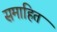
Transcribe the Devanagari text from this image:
समाहित